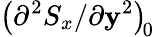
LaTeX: \left({\partial^{2}S_{x}}/{\partial\mathbf{y}^{2}}\right)_{\! 0}